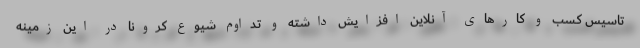
تاسیس کسب و کارهای آنلاین افزایش داشته و تداوم شیوع کرونا در این زمینه